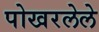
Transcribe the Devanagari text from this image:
पोखरलेले